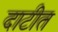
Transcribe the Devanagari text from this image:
दाटीत